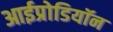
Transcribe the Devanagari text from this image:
आईप्रोडियॉन